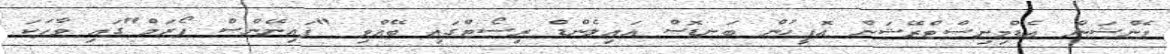
ޕެންޝަން އެޑްމިނިސްޓްރޭޝަން އޮފީހުން ބަނޑޮސް އައިލެންޑް ރިސޯޓްގައި ބޭއްވި "ފައިނޭންސް ފޯރަމް"ގައި ވާހަކަ